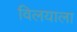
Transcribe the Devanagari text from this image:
विलयाला